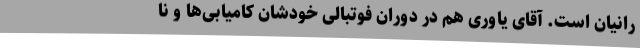
رانیان است. آقای یاوری هم در دوران فوتبالی خودشان کامیابی‌ها و نا